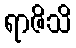
ရာဇိသိ